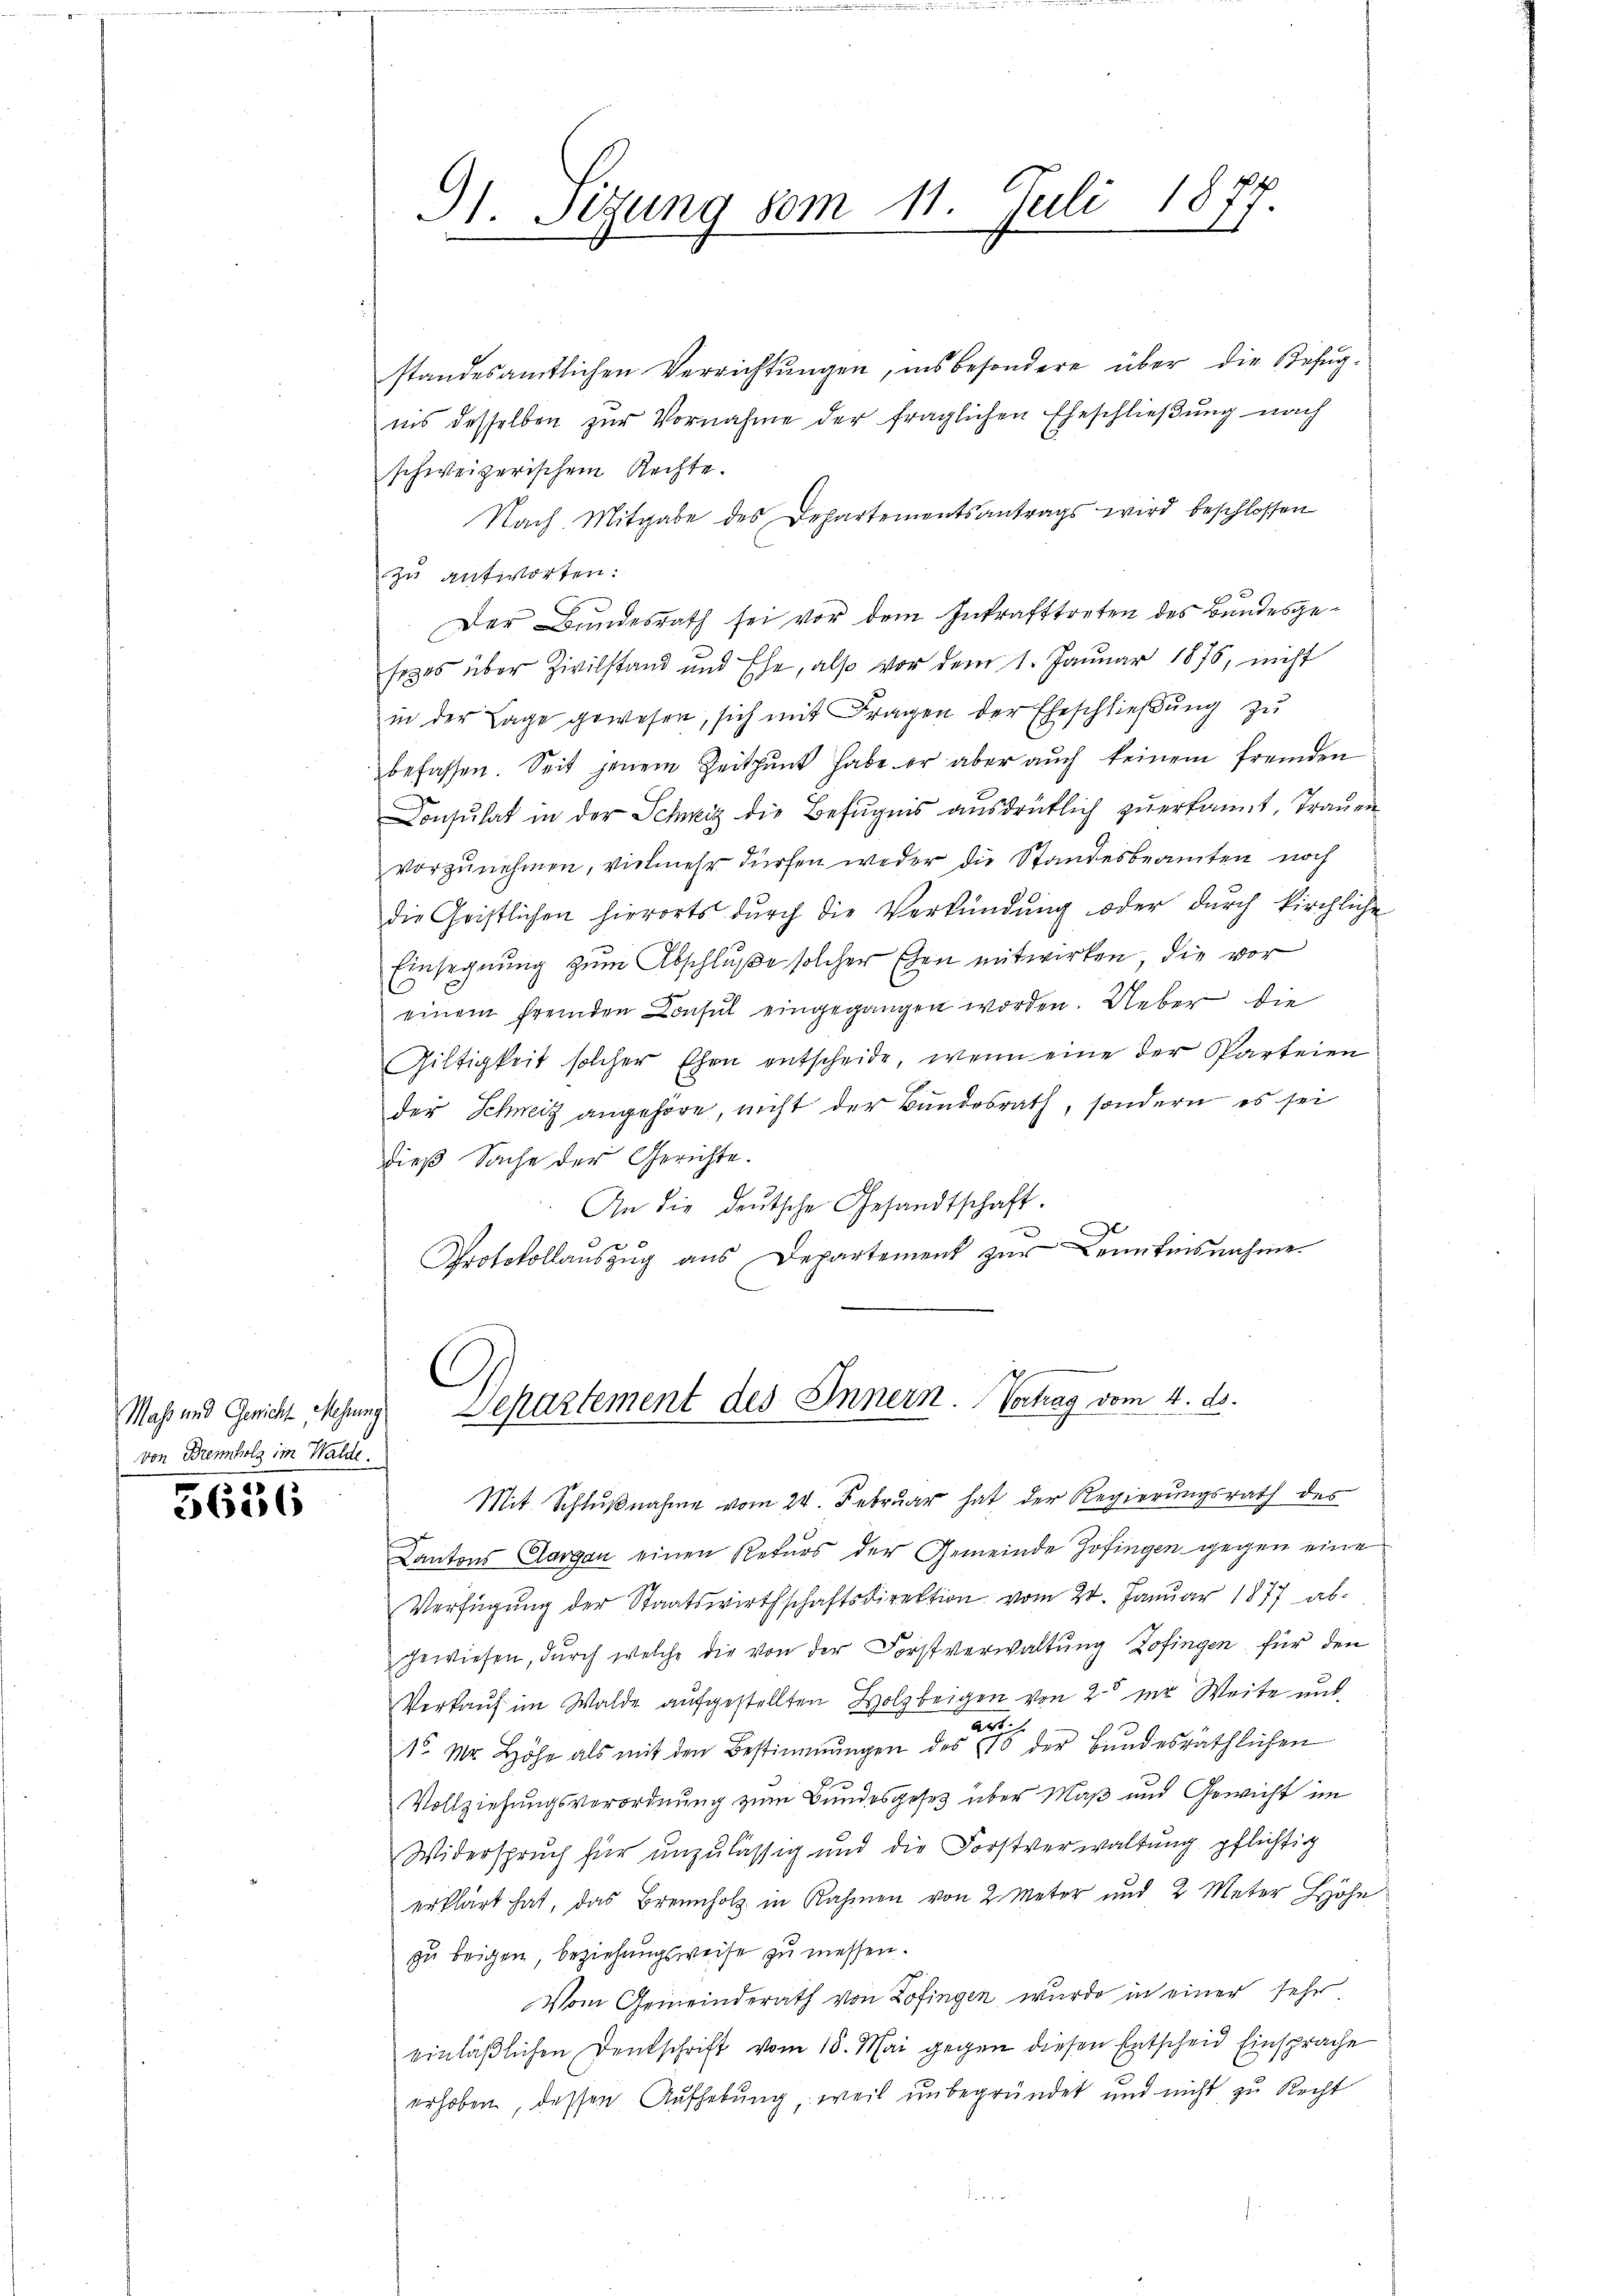
Maß und Genicht Mehrer
von Brennholz im Walde

5636

standesamtlichen Verrichtungen, ins besondere über die Befugnis desselben zur Vornahme der fraglichen Eheschließung nach
schweizerischem Rechte.
Nach Mitgabe des Departementsantrags wird beschlossen
zu antworten.
Der Bundesrath sei vor dem Inkrafttreten des Bundesgesezes über Zivilstand und Ehe, also vor dem 1. Januar 1875, nicht
in der Lage gewesen, sich mit Fragen der Eheschließung zu
befassen. Seit jenem Zeitpunt habe er aber auch keinem fremden
Donsulat in der Schweiz die Befugnis ausdrüklich zuerkannt, Trauen
vorzŭnehmen, vielmehr dürfen weder die Standesbeamten noch
die Christlichen hierorts durch die Verkündung oder durch kirchliche
Einsegnung zum Abschluße solcher Ehen mitwirken, die vor
.
einem fremden Consul eingegangen worden. Ueber die
Giltigkeit solcher Ehen entscheide, wenn eine der Parteien
der Schweiz angehöre, nicht der Bundesrath, sondern es sei
dieß Sache der Gerichte.
An die deutsche Gesandtschaft.
Protokollaŭszŭg aŭs Departement zŭr Kenntnisnahme

G1. Sizung vom 11. Juli 1877.
.
.

Separtement des Innern. Vortrag vom 4. ds.
Mit Schlußnahme vom 24. Februar hat der Regierungsrath des

Cantons Aargau einen Rekŭrs der Gemeinde Zofingen gegen eine
Verfügŭng der Staatswirthschaftsdirektion vom 20. Januar 1877 ab-
gewiesen, durch welche die von der Forstverwaltung Zofingen für den
Verkauf im Walde aufgestellten Holzbeigen von 2 zur Weite und
Art.
d
16. Mr. Höhe als mit den Bestimmungen des 10 der Bundesräthlichen
Vollziehungsverordnung zum Bundesgesetz über Maß und Gewicht im
Widerspruch für unzulässig und die Forstverwaltung pflichtig
erklärt hat, das Brennholz in Rahmen von 2 Meter und 2 Meter Hohe
zu beigen, beziehungsweise zu messen.
Vom Gemeinderath von Zofingen wurde in einer sehr
einläßlichen Denkschrift vom 18. Mai gegen diesen Entscheid Einsprache
erhoben, dessen Aufhebung, weil unbegründet und nicht zu Recht
.